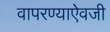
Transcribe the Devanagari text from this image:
वापरण्याऐवजी